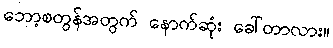
ဘော့စတွန်အတွက် နောက်ဆုံး ခေါ်တာလား။